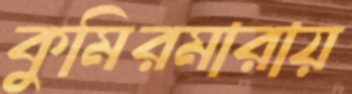
কুমিরমারায়